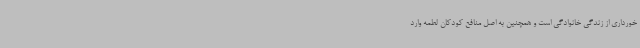
خورداری از زندگی خانوادگی است و همچنین به اصل منافع کودکان لطمه وارد